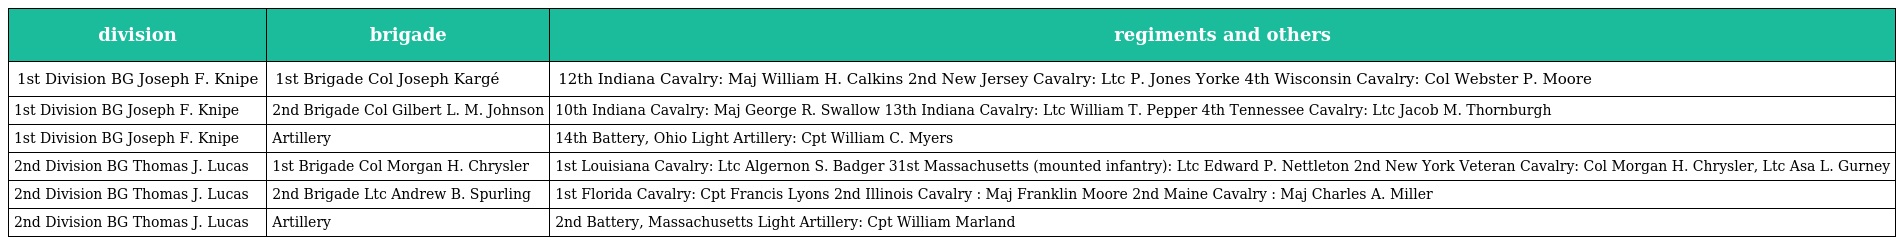
| division | brigade | regiments and others |
 | --- | --- | --- |
 | 1st Division BG Joseph F. Knipe | 1st Brigade Col Joseph Kargé | 12th Indiana Cavalry: Maj William H. Calkins 2nd New Jersey Cavalry: Ltc P. Jones Yorke 4th Wisconsin Cavalry: Col Webster P. Moore |
 | 1st Division BG Joseph F. Knipe | 2nd Brigade Col Gilbert L. M. Johnson | 10th Indiana Cavalry: Maj George R. Swallow 13th Indiana Cavalry: Ltc William T. Pepper 4th Tennessee Cavalry: Ltc Jacob M. Thornburgh |
 | 1st Division BG Joseph F. Knipe | Artillery | 14th Battery, Ohio Light Artillery: Cpt William C. Myers |
 | 2nd Division BG Thomas J. Lucas | 1st Brigade Col Morgan H. Chrysler | 1st Louisiana Cavalry: Ltc Algernon S. Badger 31st Massachusetts (mounted infantry): Ltc Edward P. Nettleton 2nd New York Veteran Cavalry: Col Morgan H. Chrysler, Ltc Asa L. Gurney |
 | 2nd Division BG Thomas J. Lucas | 2nd Brigade Ltc Andrew B. Spurling | 1st Florida Cavalry: Cpt Francis Lyons 2nd Illinois Cavalry : Maj Franklin Moore 2nd Maine Cavalry : Maj Charles A. Miller |
 | 2nd Division BG Thomas J. Lucas | Artillery | 2nd Battery, Massachusetts Light Artillery: Cpt William Marland |